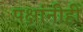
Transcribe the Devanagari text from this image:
पक्षांनीही